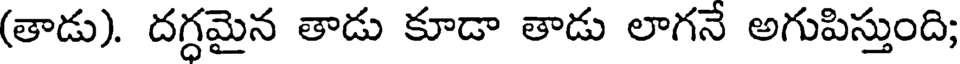
(తాడు). దగ్ధమైన తాడు కూడా తాడు లాగనే అగుపిస్తుంది;